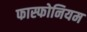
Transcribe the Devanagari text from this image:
फास्फोनियम